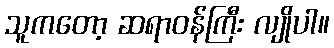
သူကတော့ ဆရာဝန်ကြီး လျိုပါ။